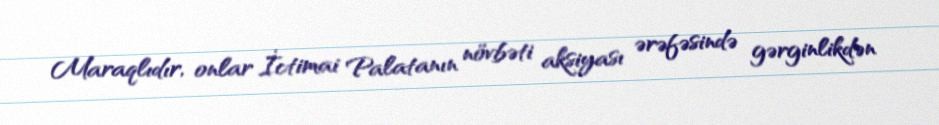
Maraqlıdır, onlar İctimai Palatanın növbəti aksiyası ərəfəsində gərginlikdən